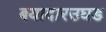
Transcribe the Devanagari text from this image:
बयादारउघड